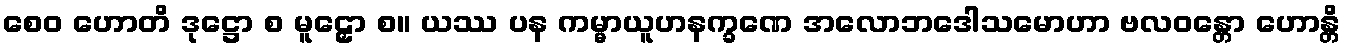
စေဝ ဟောတိ ဒုဋ္ဌော စ မူဠှော စ။ ယဿ ပန ကမ္မာယူဟနက္ခဏေ အလောဘဒေါသမောဟာ ဗလဝန္တော ဟောန္တိ